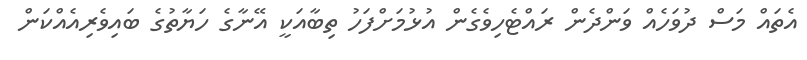
އެތައް މަސް ދުވަހެއް ވަންދެން ރައްޓެހިވެގެން އުޅުމަށްފަހު ތިބާއަކީ އޭނާގެ ހަޔާތުގެ ބައިވެރިއެއްކަން